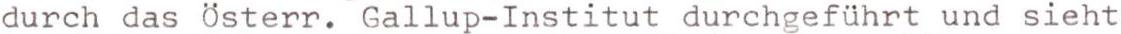
durch das Österr. Gallup-Institut durchgeführt und sieht